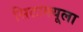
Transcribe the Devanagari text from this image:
सिटाक्यूला